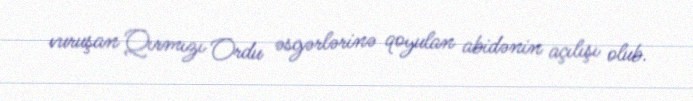
vuruşan Qırmızı Ordu əsgərlərinə qoyulan abidənin açılışı olub.